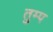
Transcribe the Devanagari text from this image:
तुम्प